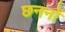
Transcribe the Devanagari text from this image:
छननों